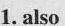
1. also